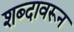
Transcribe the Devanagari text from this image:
शब्‍दावरून